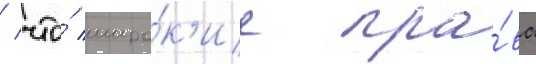
/ что́ широ́к'ие пра́ва